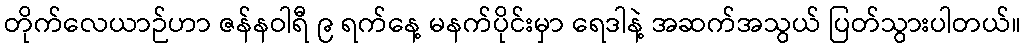
တိုက်လေယာဉ်ဟာ ဇန်နဝါရီ ၉ ရက်နေ့ မနက်ပိုင်းမှာ ရေဒါနဲ့ အဆက်အသွယ် ပြတ်သွားပါတယ်။